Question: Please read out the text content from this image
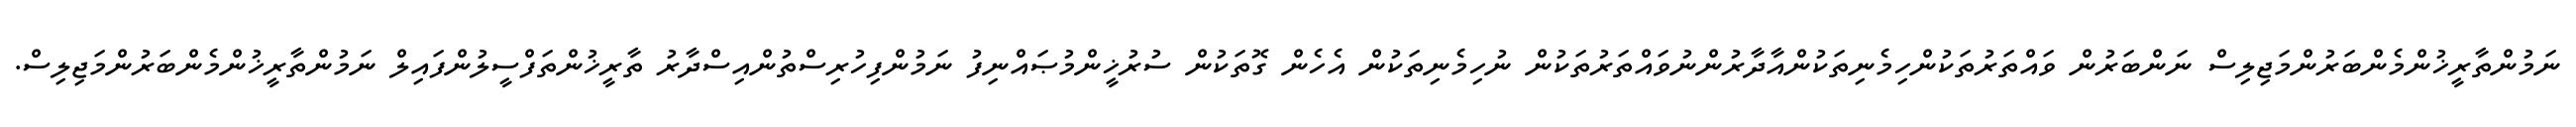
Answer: ނަމުންތާރީޚުންމެންބަރުންމަޖިލިސް ނަންބަރުން ވައްތަރުތަކުންހިމެނިތަކުންއާދާރުންނުވައްތަރުތަކުން ނުހިމެނިތަކުން އެހެން ގޮތަކުން ސުރުޚީންމުޞައްނިފު ނަމުންފިހުރިސްތުންއިސްދާރު ތާރީޚުންތަފްސީލުންފައިލް ނަމުންތާރީޚުންމެންބަރުންމަޖިލިސް.